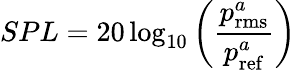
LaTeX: SPL=20\log_{10}\bigg(\frac{p_{\mathrm{rms}}^{a}}{p_{\mathrm{ref}}^{a}}\bigg)